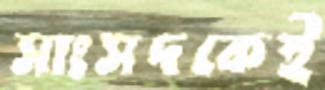
সাংসদকেই